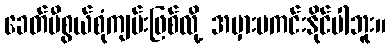
ခေတ်မီစွယ်စုံကျမ်းဖြစ်လို့ အမှားမကင်းနိုင်ပါဘူး။